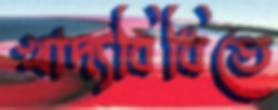
খাদ্যবিধিতে